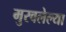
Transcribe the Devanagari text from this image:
मुरवलेल्या